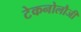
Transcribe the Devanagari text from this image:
टेकनोलौजी